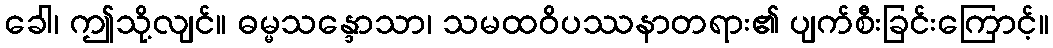
ခေါ၊ ဤသို့လျင်။ ဓမ္မသန္ဒောသာ၊ သမထဝိပဿနာတရား၏ ပျက်စီးခြင်းကြောင့်။